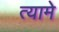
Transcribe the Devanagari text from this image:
त्यामे